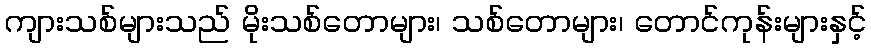
ကျားသစ်များသည် မိုးသစ်တောများ၊ သစ်တောများ၊ တောင်ကုန်းများနှင့်